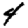
Digit: 4